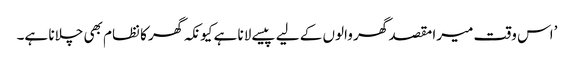
’اس وقت میرا مقصد گھر والوں کے لیے پیسے لانا ہے کیونکہ گھر کا نظام بھی چلانا ہے۔